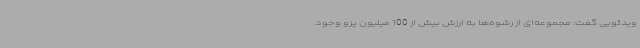
ویدئویی گفت: مجموعه‌ای از رشوه‌ها به ارزش بیش از 100 میلیون پزو وجود